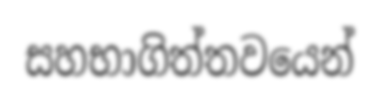
සහභාගිත්තවයෙන්